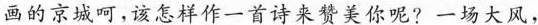
画的京城呵，该怎样作一首诗来赞美你呢？一场大风，